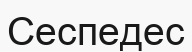
Сеспедес